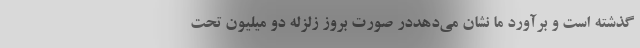
گذشته است و برآورد ما نشان می‌دهددر صورت بروز زلزله دو میلیون تحت